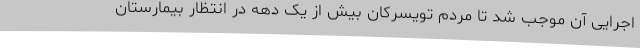
اجرایی آن موجب شد تا مردم تویسرکان بیش از یک دهه در انتظار بیمارستان